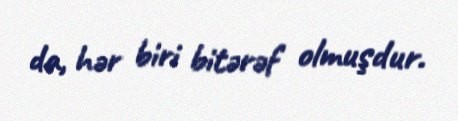
da, hər biri bitərəf olmuşdur.